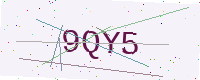
Text: 9QY5